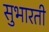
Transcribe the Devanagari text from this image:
सुभारती